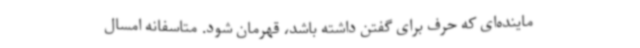
ماینده‌ای که حرف برای گفتن داشته باشد، قهرمان شود. متاسفانه امسال